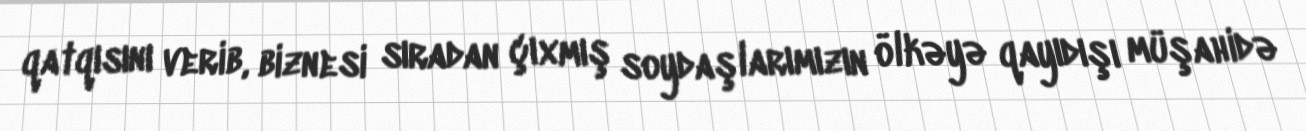
qatqısını verib, biznesi sıradan çıxmış soydaşlarımızın ölkəyə qayıdışı müşahidə